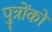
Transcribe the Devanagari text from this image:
पुत्राेंकाे